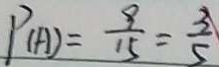
P ( A ) = \frac { 9 } { 1 5 } = \frac { 3 } { 5 }